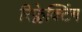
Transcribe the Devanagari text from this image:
रिफ्लेक्टिंग